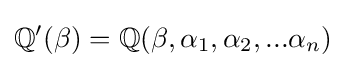
\mathbb {Q} ^{\prime }(\beta )=\mathbb {Q} (\beta ,\alpha _{1},\alpha _{2},...\alpha _{n})